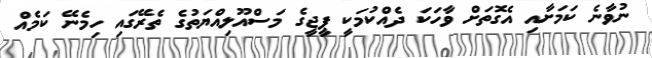
ނުވާނެ ކަމަށާއި އެގޮތަށް ވާހަކަ ދެއްކުމަކީ ޕީޖީގެ މަސްއޫލިއްޔަތުގެ ތެރޭގައި ހިމެނޭ ކަމެއް